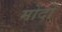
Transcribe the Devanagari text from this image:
मोंदो